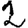
Digit: 2